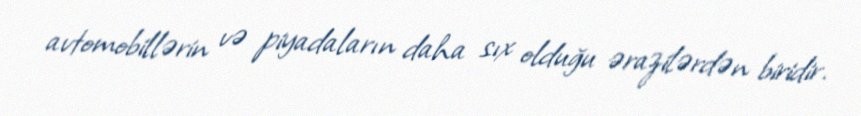
avtomobillərin və piyadaların daha sıx olduğu ərazilərdən biridir.